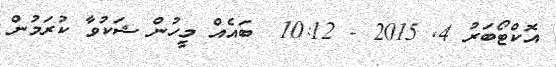
އޮކްޓޯބަރު 4